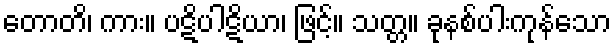
တောတိ၊ ကား။ ပဋိပါဋိယာ၊ ဖြင့်။ သတ္တ။ ခုနစ်ပါးကုန်သော